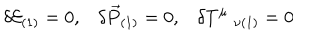
LaTeX: \delta { \cal { E } } _ { ( 1 ) } = 0 , \delta \vec { { P } } _ { ( 1 ) } = 0 , \delta { T } ^ { \mu } \; _ { \nu ( 1 ) } = 0